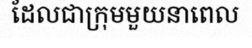
ដែលជាក្រុមមួយនាពេល